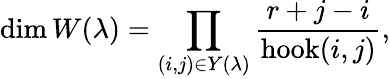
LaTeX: \dim W(\lambda)=\prod_{(i,j)\in Y(\lambda)}{\frac{r+j-i}{\operatorname{hook}(i,j)}},